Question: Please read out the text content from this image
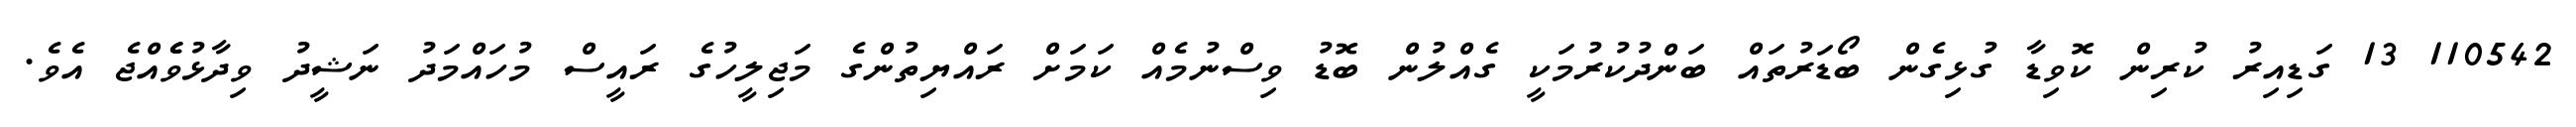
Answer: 110542 13 ގަޑިއިރު ކުރިން ކޮވިޑާ ގުޅިގެން ބޯޑަރުތައް ބަންދުކުރުމަކީ ގެއްލުން ބޮޑު ވިސްނުމެއް ކަމަށް ރައްޔިތުންގެ މަޖިލީހުގެ ރައީސް މުހައްމަދު ނަޝީދު ވިދާޅުވެެއްޖެ އެވެ.